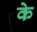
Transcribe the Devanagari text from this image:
के